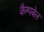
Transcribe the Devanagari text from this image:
कैम्‍पबेल